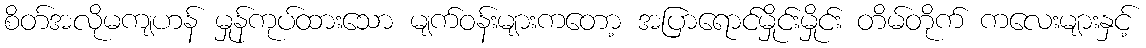
စိတ်အလိုမကျဟန် မှုန်ကုပ်ထားသော မျက်ဝန်းများကတော့ အပြာရောင်မှိုင်းမှိုင်း တိမ်တိုက် ကလေးများနှင့်